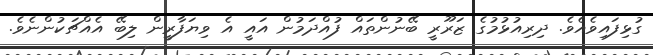
ގުޅިފައިވެއެވެ. ދިރިއުޅުމުގެ ޒަރޫރީ ބޭނުންތައް ފުއްދަމުން އައީ އެ ވިޔަފާރީން ލިބޭ އެއްޗަކުންނެވެ.